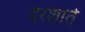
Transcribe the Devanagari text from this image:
दरशाते